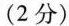
(2分)